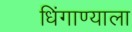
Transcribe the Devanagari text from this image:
धिंगाण्याला